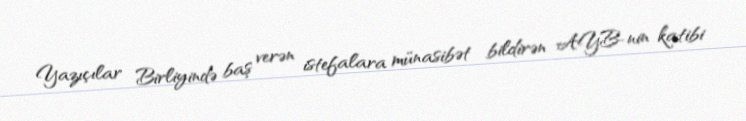
Yazıçılar Birliyində baş verən istefalara münasibət bildirən AYB-nin katibi